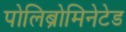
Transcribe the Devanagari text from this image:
पोलिब्रोमिनेटेड